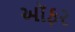
ઑફર